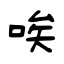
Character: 唉